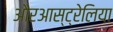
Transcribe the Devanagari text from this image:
औरआस्ट्रेलिया